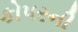
કોપરની